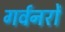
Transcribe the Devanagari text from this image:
गर्वनरों